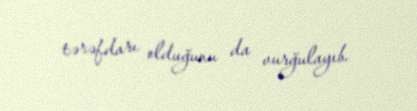
tərəfdarı olduğunu da vurğulayıb.